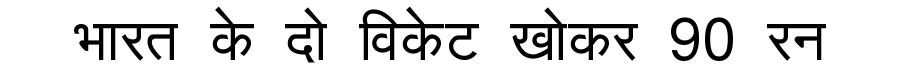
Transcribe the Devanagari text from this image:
भारत के दो विकेट खोकर 90 रन